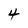
Character: 4